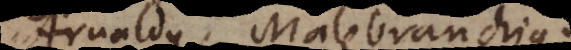
Arnaldus, Malebranchius.